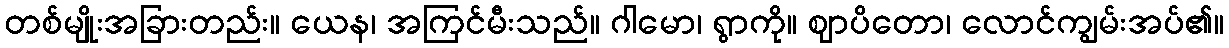
တစ်မျိုးအခြားတည်း။ ယေန၊ အကြင်မီးသည်။ ဂါမော၊ ရွာကို။ ဈာပိတော၊ လောင်ကျွမ်းအပ်၏။